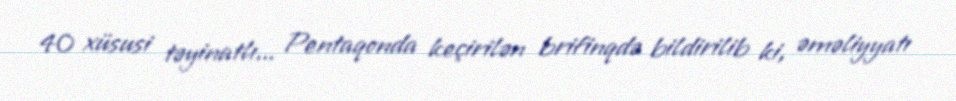
40 xüsusi təyinatlı... Pentaqonda keçirilən brifinqdə bildirilib ki, əməliyyatı